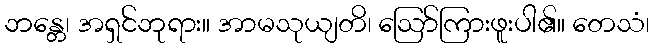
ဘန္တေ၊ အရှင်ဘုရား။ အာမသုယျတိ၊ ဩော်ကြားဖူးပါ၏။ တေသံ၊